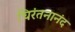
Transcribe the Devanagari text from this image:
चिरंतनानंद